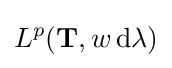
L^{p}(\mathbf {T} ,w\,\mathrm {d} \lambda )